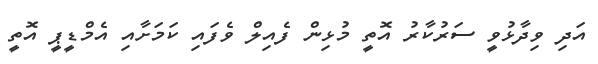
އަދި ވިދާޅުވީ ސަރުކާރު އޮތީީ މުޅިން ފެއިލް ވެފައި ކަމަށާއި އެމްޑީޕީ އޮތީ